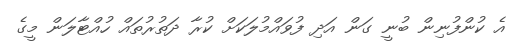
އެ ކުންފުނިން ބުނީ ގަން އަދި ފުވައްމުލަކަށް ކުރާ ދަތުރުތައް ހުއްޓާލަން މީގެ